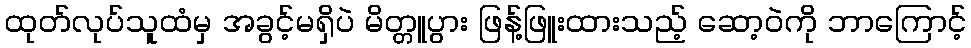
ထုတ်လုပ်သူထံမှ အခွင့်မရှိပဲ မိတ္တူပွား ဖြန့်ဖြူးထားသည့် ဆော့ဝဲကို ဘာကြောင့်